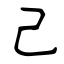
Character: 己